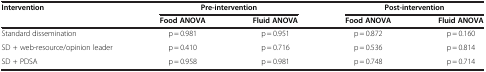
<table><thead><tr><td><b>Intervention</b></td><td colspan="2"><b>Pre-intervention</b></td><td colspan="2"><b>Post-intervention</b></td></tr><tr><td><b> </b></td><td><b>Food ANOVA</b></td><td><b>Fluid ANOVA</b></td><td><b>Food ANOVA</b></td><td><b>Fluid ANOVA</b></td></tr></thead><tbody><tr><td>Standard dissemination</td><td>p = 0.981</td><td>p = 0.951</td><td>p = 0.872</td><td>p = 0.160</td></tr><tr><td>SD + web-resource/opinion leader</td><td>p = 0.410</td><td>p = 0.716</td><td>p = 0.536</td><td>p = 0.814</td></tr><tr><td>SD + PDSA</td><td>p = 0.958</td><td>p = 0.981</td><td>p = 0.748</td><td>p = 0.714</td></tr></tbody></table>